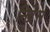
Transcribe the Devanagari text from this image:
निद्रेस